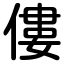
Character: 僂